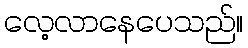
လေ့လာနေပေသည်။